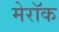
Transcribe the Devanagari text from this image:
मेरॉक